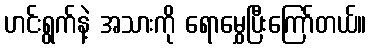
ဟင်းရွက်နဲ့ အသားကို ရောမွှေပြီးကြော်တယ်။